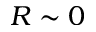
R \sim 0